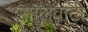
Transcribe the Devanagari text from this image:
सालवाटी